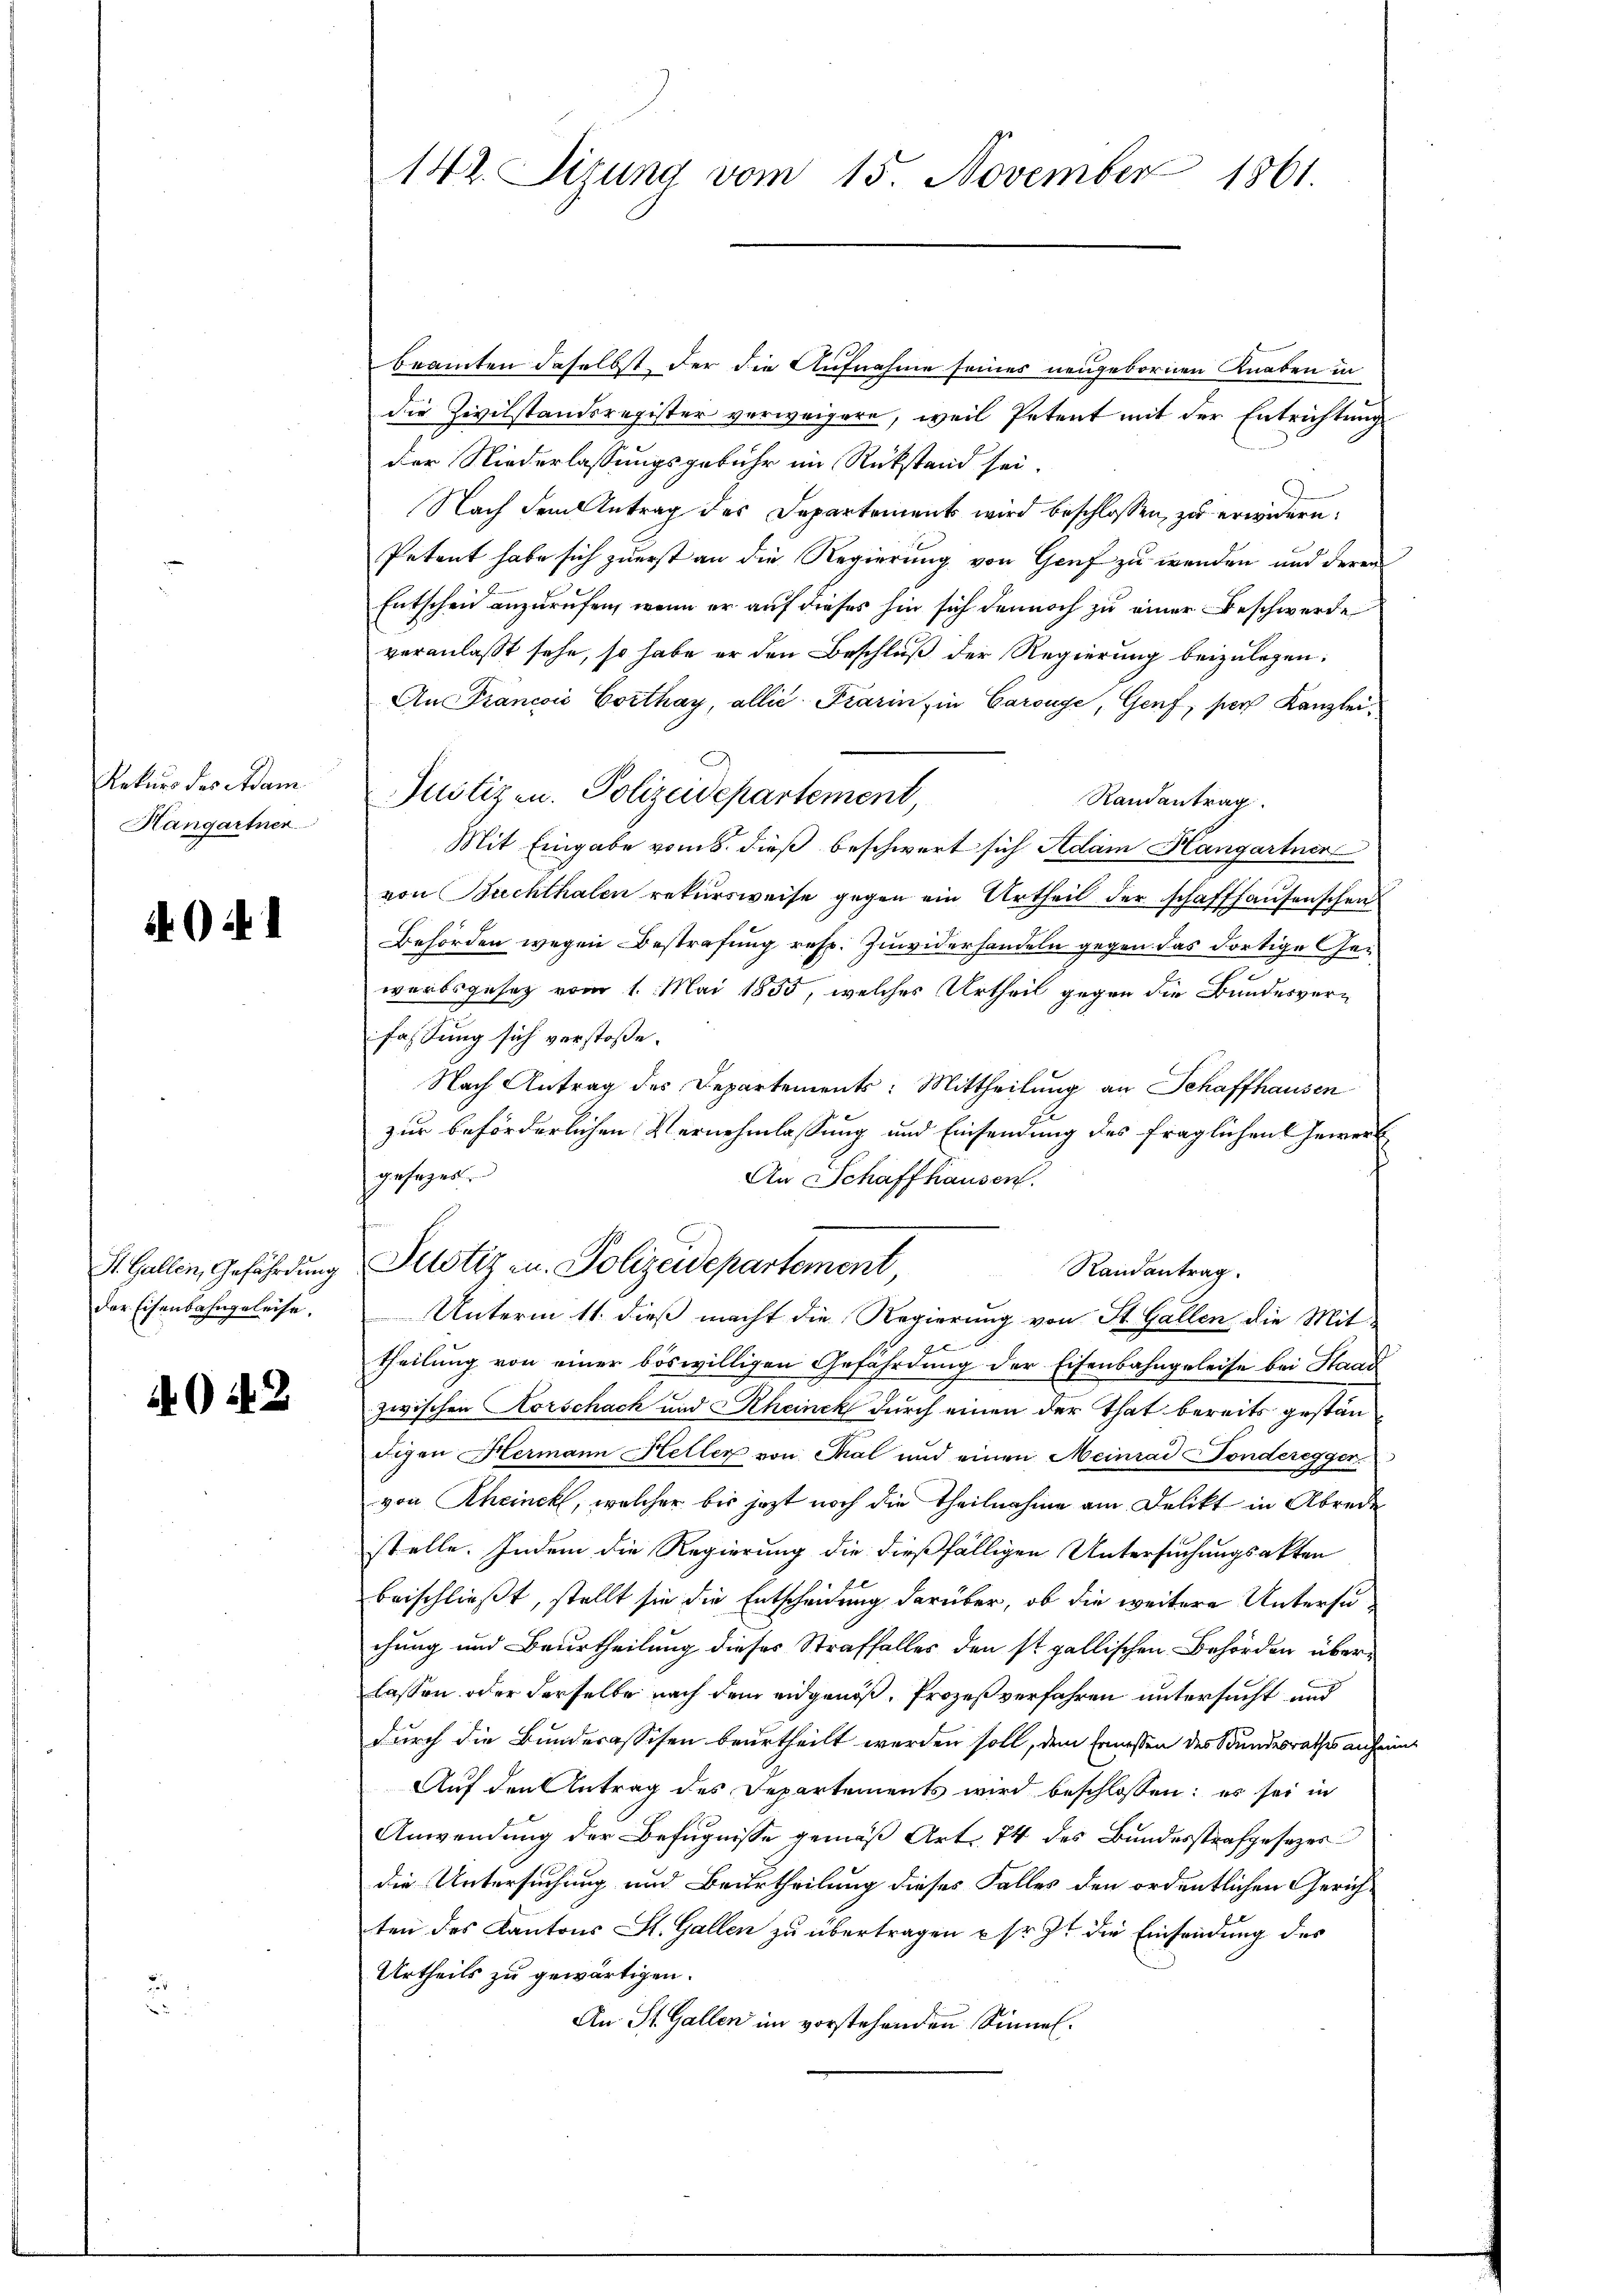
Arkurs des Adam
Hangartner

4041

der Eisenbahngeleise.

A012

142. Sizung vom 15. November 1861.

beamten daselbst der die Aufnahme seines neugebornen Knaben in
die Zivilstandsregister verweigern, weil Petent mit der Entrichtung
der Niederlassungsgebühr im Rückstand sei
Nach dem Antrag des Departement wird beschlossen, zu erwidern.
Petent habe sich zuerst an die Regierung von Genf zu wenden und deren
Entschein anzurufen, wenn er auf dieses hin sich dennoch zu einer Beschwerde
veranlaßt sehe, so habe er den Beschluß der Regierung beizulegen.
An Francoi Corthay, allié Piarin, in Carouge, Genf, per Kanzlei¬
Justizen. Polizeidepartement
Randantrag.
Mit Eingabe vom 8. dieß beschwert sich Adam Hangartner
von Buchthalen rekursweise gegen ein Urtheil der schaffhausenschen
Behörden wegen Bestrafung resp. Zuwiderhandeln gegen das dortige Gewerbsgesez vom 1. Mai 1855, welches Urtheil gegen die Bundesverfassung sich verstoße.
Nach Antrag des Departements: Mittheilung an Schaffhausen
zur beförderlichen Vernehmlassung und Einsendung des fraglichen Gewerb
gesezet
An Schaffhausen.
St. Gallen, Gefährdung Pustiz zu. Polizeidepartement
Randantrag.
Unterm 11. dieß macht die Regierung von St. Gallen die Mit-
theilung von einer böswilligen Gefährdung der Eisenbahngeleise bei Staat
zwischen Korschach und Rheinck durch einen der That bereits gestandigen Hermann Heller von Thal und einen Meinrad Fonderegger.
von Rheinck, welcher bis jezt noch die Theilnahme am Delikt in Abrede
stelle. Indem die Regierung die dießfälligen Untersuchungsakten
beischließt, stellt sie die Entscheidung darüber, ob die weitere Untersuchung und Beurtheilung dieses Straffalles den ist gallischen Behörden überlassen oder derselbe nach dem eidgenoß, Prozeßverfahren untersucht und
durch die Bunderassisen beurtheilt werden soll, dem Ermessen des Bundesrathes anheimt
Auf den Antrag des Departements wird beschlossen: es sei in
Anwendung der Befugnisse gemäß Art. 74 des Bundesstrafgesezes
die Untersuchung und Beurtheilung dieses Falles den ordentlichen Gerichten des Kantons St. Gallen zu übertragen & sr. Zt. die Einsendung des
Urtheils zu gewärtigen.
An St. Gallen im vorstehenden Sinnen.